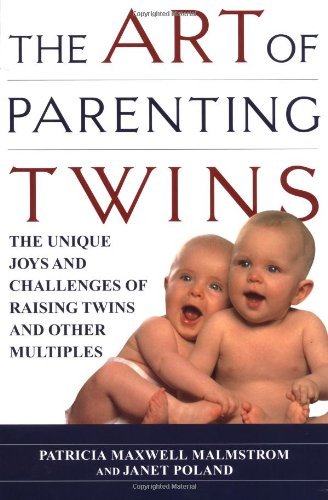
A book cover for The Art of Parenting Twins: The Unique Joys and Challenges of Raising Twins and Other Multiples [Paperback] [1999] (Author) Patricia Malmstrom, Janet Poland; Parenting & Relationships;